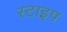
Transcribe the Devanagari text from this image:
स्टाइप